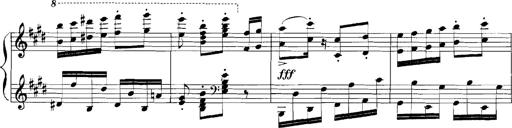
Title: Rhapsodies hongroises
Composer: Franz Liszt